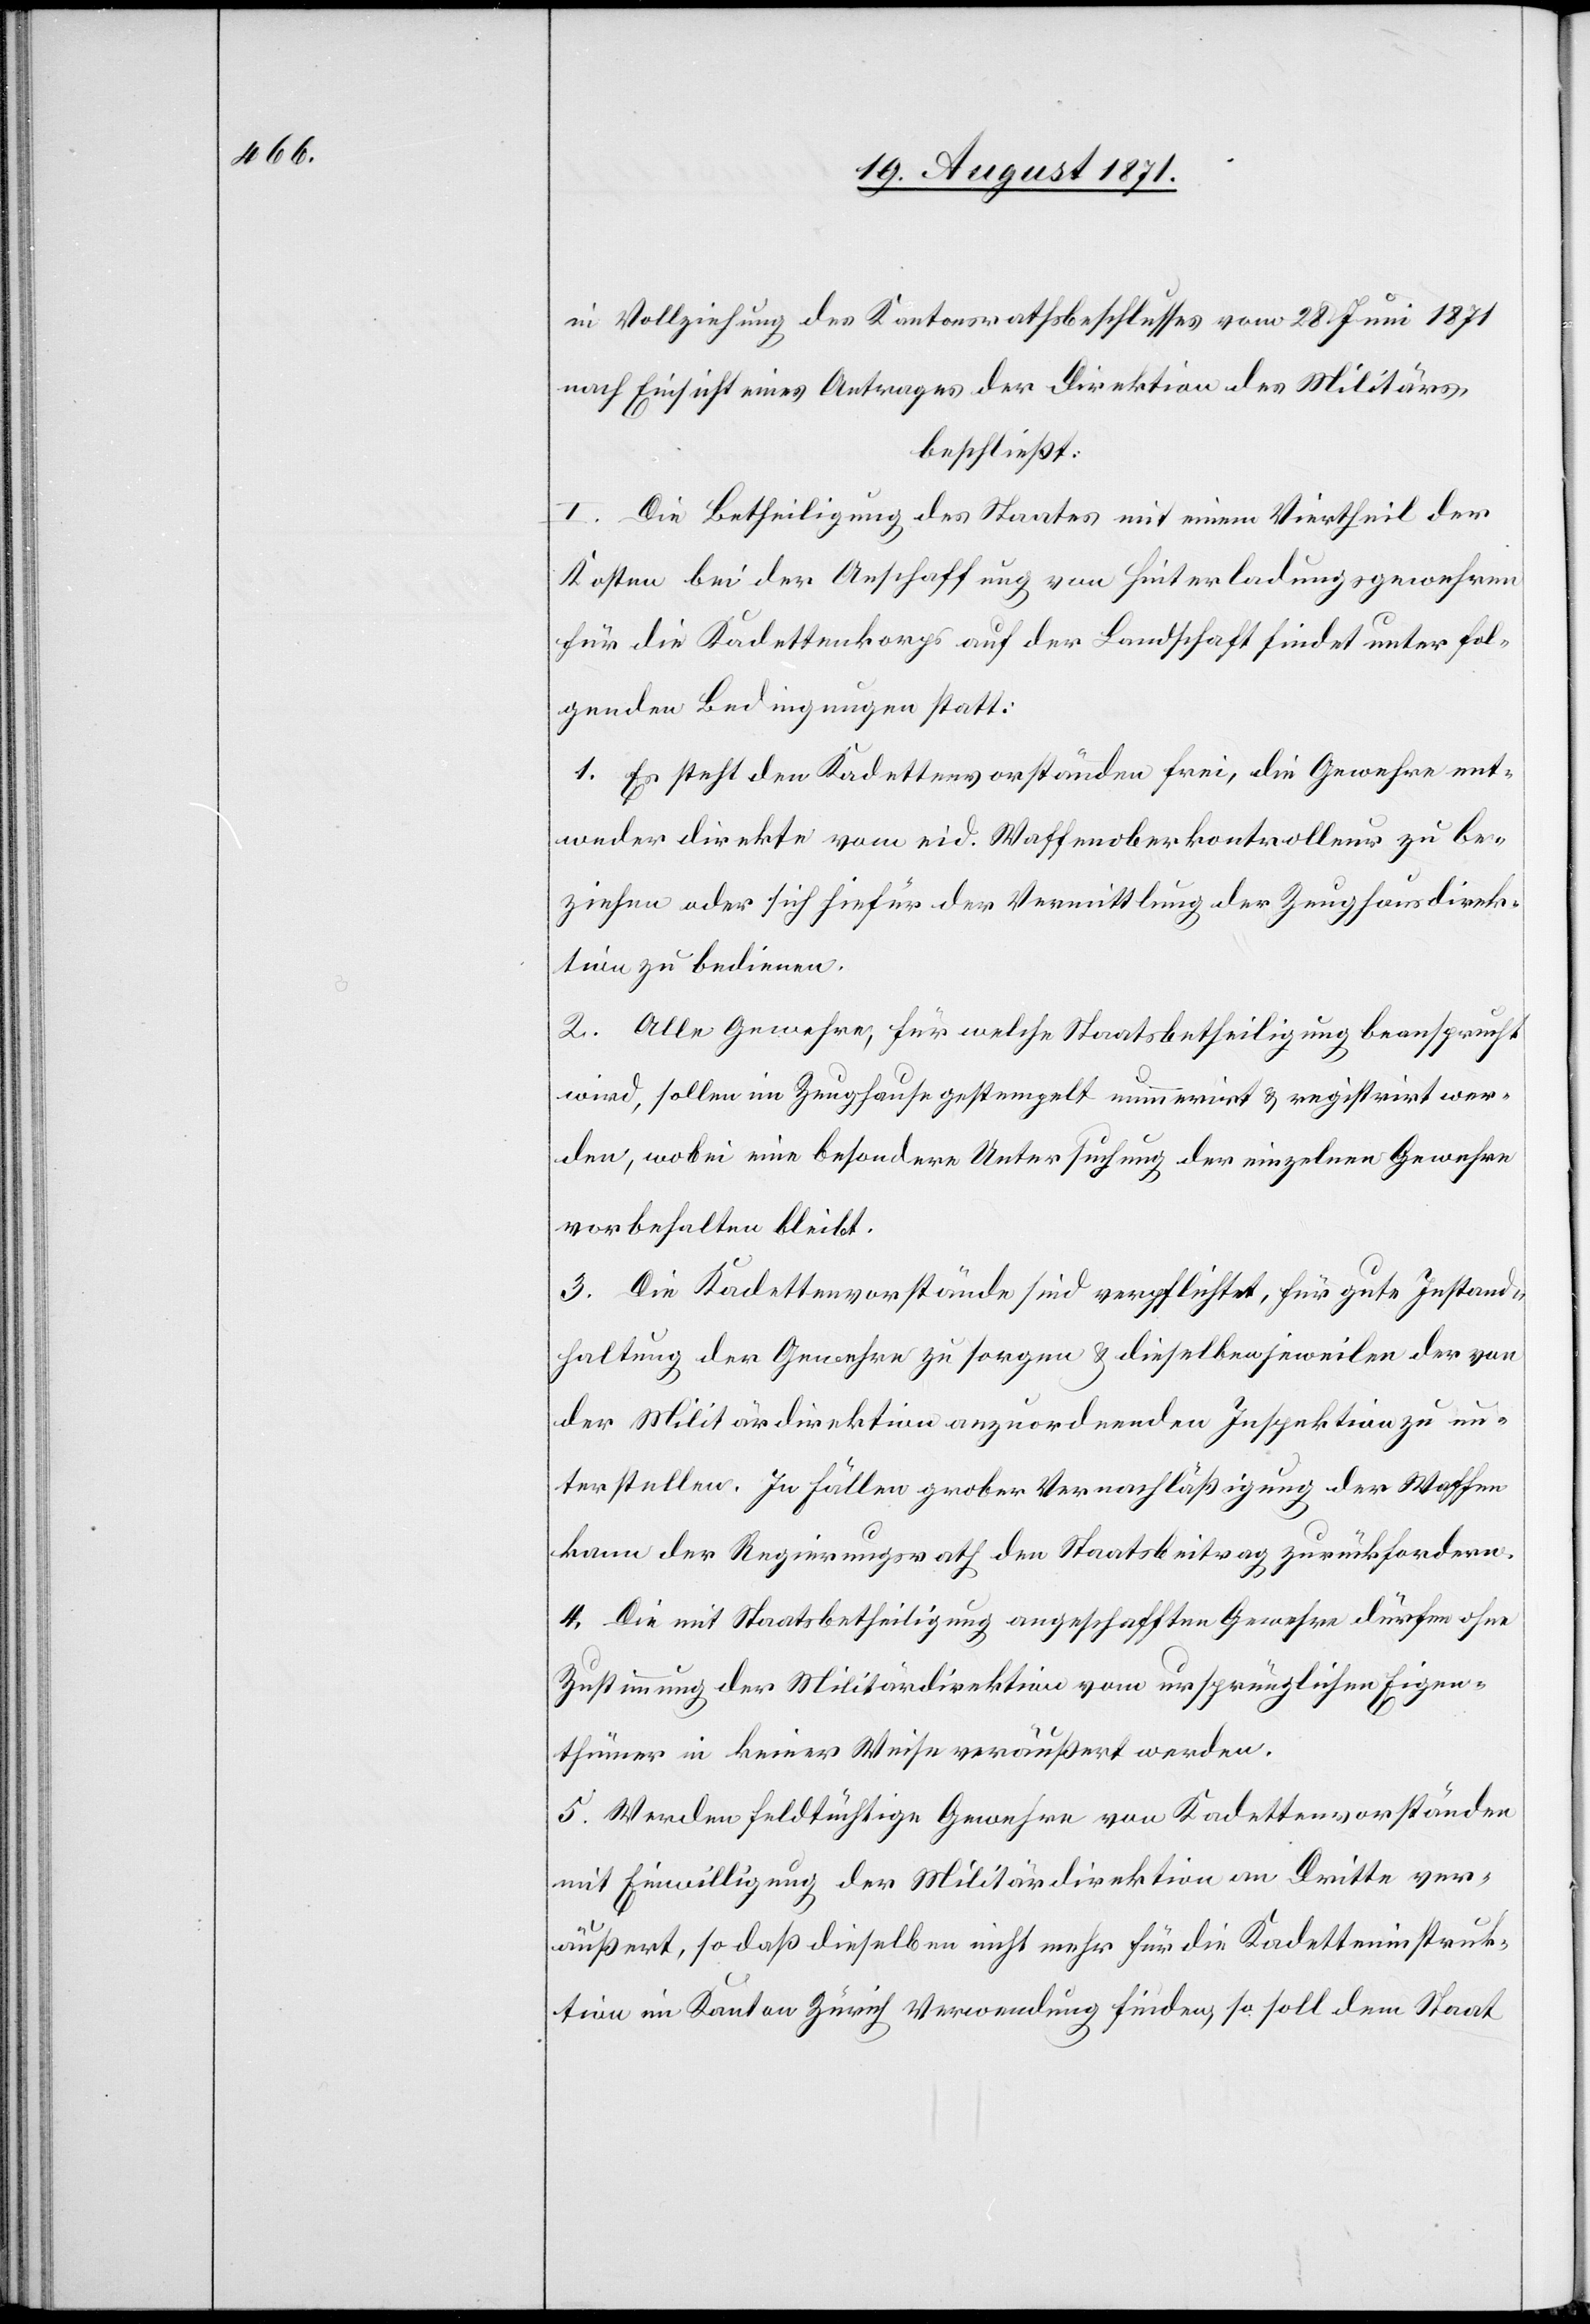
in Vollziehung des Kantonsrathsbeschlusses vom 28. Juni 1871
nach Einsicht eines Antrages der Direktion des Militärs,
beschließt:
I. Die Betheiligung des Staates mit einem Viertheil der
Kosten bei der Anschaffung von Hinterladungsgewehren
für die Kadettenkorps auf der Landschaft findet unter fol¬
genden Bedingungen statt:
1. Es steht den Kadettenvorständen frei, die Gewehre ent¬
weder direkt vom eid. Waffenoberkontrolleur zu be¬
ziehen oder sich hiefür der Vermittlung der Zeughausdirek¬
tion zu bedienen.
2. Alle Gewehre, für welche Staatsbetheiligung beansprucht
wird, sollen im Zeughause gestempelt nummerirt & registrirt wer¬
den, wobei eine besondere Untersuchung der einzelnen Gewehre
vorbehalten bleibt.
3. Die Kadettenvorstände sind verpflichtet, für gute Instand¬
haltung der Gewehre zu sorgen & dieselben jeweilen der von
der Militärdirektion anzuordnenden Inspektion zu un¬
terstellen. In Fällen grober Vernachlässigung der Waffen
kann der Regierungsrath den Staatsbeitrag zurückfordern.
4. Die mit Staatsbeteiligung angeschafften Gewehre dürfen ohne
Zustimmung der Militärdirektion vom ursprünglichen Eigen¬
thümer in keiner Weise veräußert werden.
5. Werden feldtüchtige Gewehre von Kadettenvorständen
mit Einwilligung der Militärdirektion an Dritte ver¬
äußert, so daß dieselben nicht mehr für die Kadetteninstruk¬
tion im Kanton Zürich Verwendung finden, so soll dem Staat